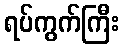
ရပ်ကွက်ကြီး